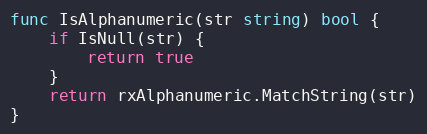
Language: Go
func IsAlphanumeric(str string) bool {
	if IsNull(str) {
		return true
	}
	return rxAlphanumeric.MatchString(str)
}